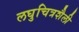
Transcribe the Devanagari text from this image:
लघुचित्रशैली